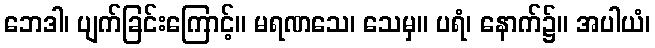
ဘေဒါ၊ ပျက်ခြင်းကြောင့်။ မရဏသေ၊ သေမှ။ ပရံ၊ နောက်၌။ အပါယံ၊